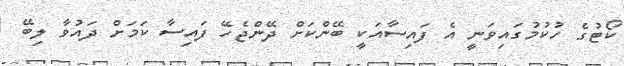
ކޯޓުގެ ހުކުމުގައިވަނީ އެ ފައިސާއަކީ ބޭންކަށް ދޭންޖެހޭ ފައިސާ ކަމަށް ދައުވާ ލިބޭ